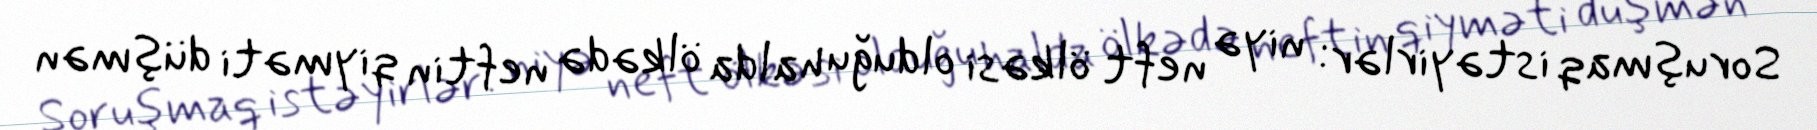
Soruşmaq istəyirlər: niyə neft ölkəsi olduğu halda ölkədə neftin qiyməti düşmən